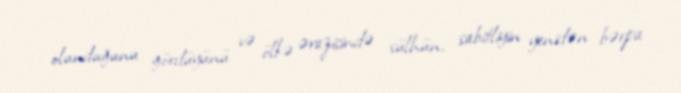
olunduğunu gördüyünü və ölkə ərazisində sülhün, sabitliyin yenidən bərpa